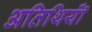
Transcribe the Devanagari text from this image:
अतिथियॊं